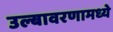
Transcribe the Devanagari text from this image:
उल्बावरणामध्ये